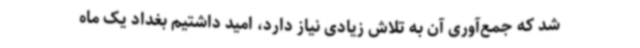
شد که جمع‌آوری آن به تلاش زیادی نیاز دارد، امید داشتیم بغداد یک ماه